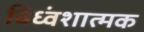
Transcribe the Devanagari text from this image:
विध्वंशात्मक